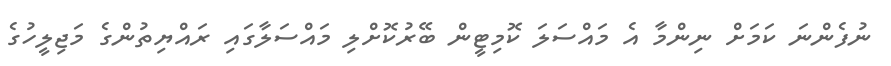
ނުފެންނަ ކަމަށް ނިންމާ އެ މައްސަލަ ކޮމިޓީން ބޭރުކޮށްލި މައްސަލާގައި ރައްޔިތުންގެ މަޖިލީހުގެ